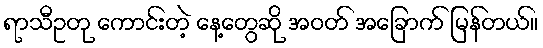
ရာသီဥတု ကောင်းတဲ့ နေ့တွေဆို အဝတ် အခြောက် မြန်တယ်။